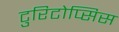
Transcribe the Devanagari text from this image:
टुरिटोप्सिस